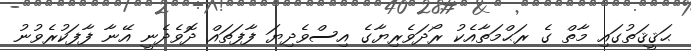
ޙަޤީޤަތުގައި މާތް ގެ ރަޙްމަތާއެކު ރޯދަވެރިޔާގެ އިސްވެދިޔަ ފާފަތައް ދޮވެދެނީ އޭނާ ފާފަކުރެވުނު